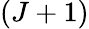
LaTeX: (J+1)